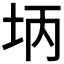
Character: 𪣃